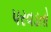
પરવડતો